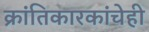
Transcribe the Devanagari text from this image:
क्रांतिकारकांचेही